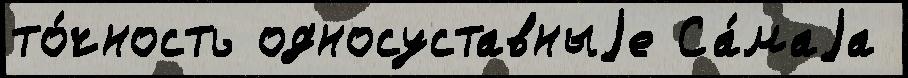
то́чность односуставныjе Са́маjа